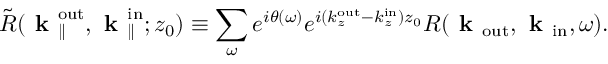
\Tilde { R } ( \textbf { k } _ { \parallel } ^ { \mathrm { o u t } } , \textbf { k } _ { \parallel } ^ { \mathrm { i n } } ; z _ { 0 } ) \equiv \sum _ { \omega } e ^ { i \theta ( \omega ) } e ^ { i ( k _ { z } ^ { \mathrm { o u t } } - k _ { z } ^ { \mathrm { i n } } ) z _ { 0 } } R ( \textbf { k } _ { \mathrm { o u t } } , \textbf { k } _ { \mathrm { i n } } , \omega ) .